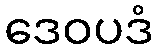
ဒေဝပဒံ